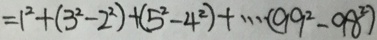
= 1 ^ { 2 } + ( 3 ^ { 2 } - 2 ^ { 2 } ) + ( 5 ^ { 2 } - 4 ^ { 2 } ) + \cdots ( 9 9 ^ { 2 } - 9 8 ^ { 2 } )